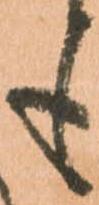
も